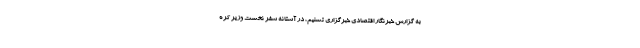
به گزارش خبرنگار اقتصادی خبرگزاری تسنیم، در آستانه سفر نخست وزیر کره